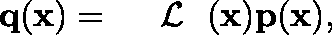
\begin{array} { r } { { \bf q } ( { \bf x } ) = { { { \mathrm { ~ \boldmath ~ { ~ \cal ~ L ~ } ~ } } } } ( { \bf x } ) { \bf p } ( { \bf x } ) , } \end{array}